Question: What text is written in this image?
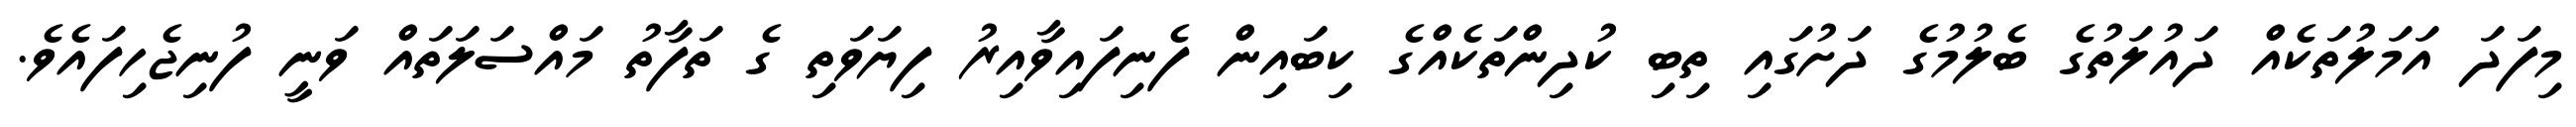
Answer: މިފަދަ އަމަލުތަކެއް ދައުލަތުގެ ބެލުމުގެ ދަށުގައި ތިބި ކުދިންތަކެއްގެ ކިބައިން ފެނިފައިވާއިރު ފިޔަވަތި ގެ ތަފާތު މައްސަލަތައް ވަނީ ފުނިޖެހިފައެވެ.